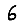
Digit: 6